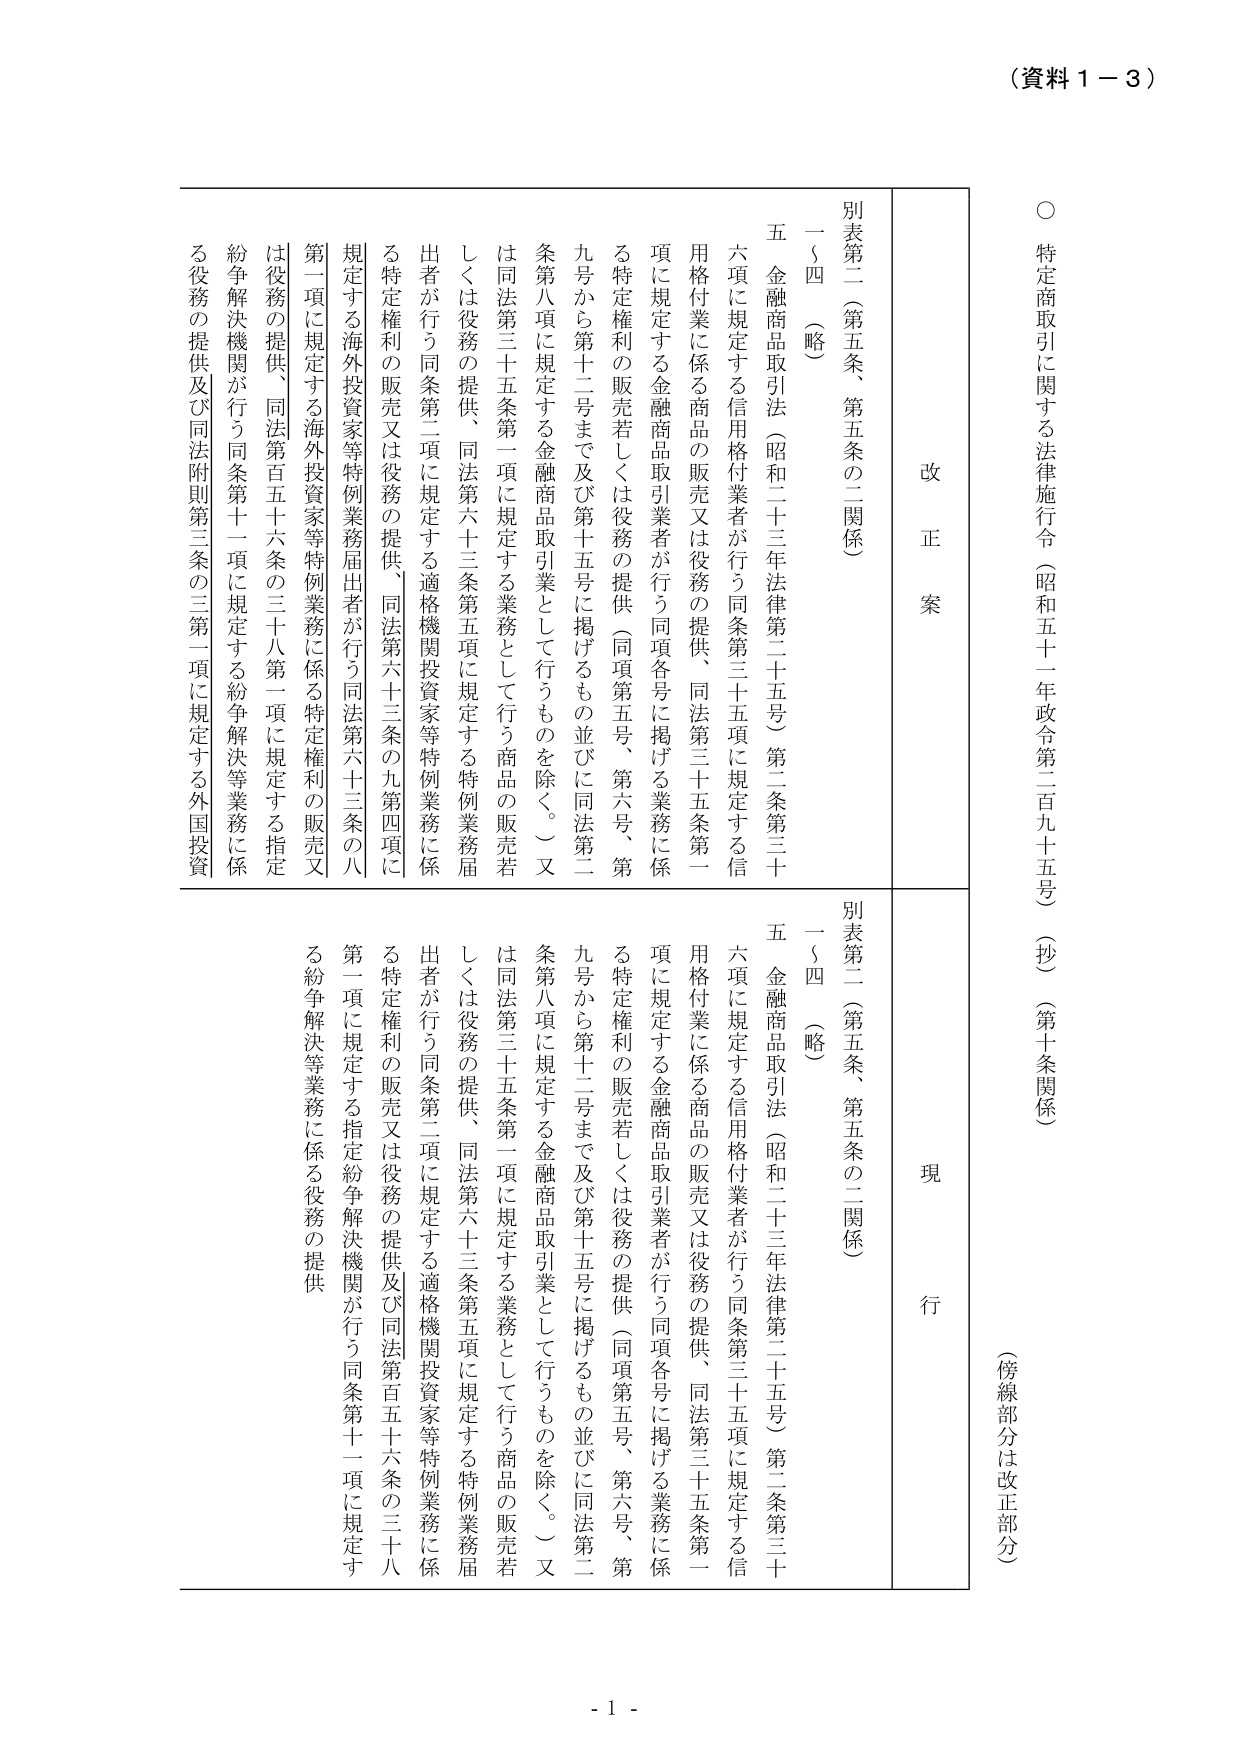
（資料１－３）

○ 特定商取引に関する法律施行令（昭和五十一年政令第二百九十五号）（抄）（第十条関係）
（傍線部分は改正部分）

改 正 案

別表第二（第五条、第五条の二関係）
一～四 （略）
五 金融商品取引法（昭和二十三年法律第二十五号）第二条第三十六項に規定する信用格付業者が行う同条第三十五項に規定する信用格付業に係る商品の販売又は役務の提供、同法第三十五条第一項に規定する金融商品取引業者が行う同項各号に掲げる業務に係る特定権利の販売若しくは役務の提供（同項第五号、第六号、第九号から第十二号まで及び第十五号に掲げるものを除く。）又は同法第三十五条第一項に規定する業務として行う商品の販売若しくは役務の提供、同法第六十三条第五項に規定する特例業務届出者が行う同条第二項に規定する適格機関投資家等特例業務に係る特定権利の販売又は役務の提供、同法第六十三条の九第四項に規定する海外投資家等特例業務届出者が行う同法第六十三条の八第一項に規定する海外投資家等特例業務に係る特定権利の販売又は役務の提供、同法第百五十六条の三十八第一項に規定する指定紛争解決機関が行う同条第十一項に規定する紛争解決等業務に係る役務の提供及び同法附則第三条の三第一項に規定する外国投資

現 行

別表第二（第五条、第五条の二関係）
一～四 （略）
五 金融商品取引法（昭和二十三年法律第二十五号）第二条第三十六項に規定する信用格付業者が行う同条第三十五項に規定する信用格付業に係る商品の販売又は役務の提供、同法第三十五条第一項に規定する金融商品取引業者が行う同項各号に掲げる業務に係る特定権利の販売若しくは役務の提供（同項第五号、第六号、第九号から第十二号まで及び第十五号に掲げるものを除く。）又は同法第三十五条第一項に規定する業務として行う商品の販売若しくは役務の提供、同法第六十三条第五項に規定する特例業務届出者が行う同条第二項に規定する適格機関投資家等特例業務に係る特定権利の販売又は役務の提供及び同法第百五十六条の三十八第一項に規定する指定紛争解決機関が行う同条第十一項に規定する紛争解決等業務に係る役務の提供

- 1 -